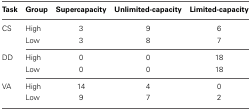
<table><thead><tr><td><b>Task</b></td><td><b>Group</b></td><td><b>Supercapacity</b></td><td><b>Unlimited-capacity</b></td><td><b>Limited-capacity</b></td></tr></thead><tbody><tr><td>CS</td><td>High</td><td>3</td><td>9</td><td>6</td></tr><tr><td></td><td>Low</td><td>3</td><td>8</td><td>7</td></tr><tr><td>DD</td><td>High</td><td>0</td><td>0</td><td>18</td></tr><tr><td></td><td>Low</td><td>0</td><td>0</td><td>18</td></tr><tr><td>VA</td><td>High</td><td>14</td><td>4</td><td>0</td></tr><tr><td></td><td>Low</td><td>9</td><td>7</td><td>2</td></tr></tbody></table>